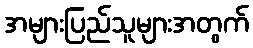
အများပြည်သူများအတွက်